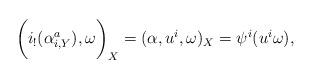
LaTeX: \begin{align*}\biggl (i_!(\alpha_{i, Y}^a), \omega\biggr)_{ X}=(\alpha, u^i, \omega)_{ X}=\psi^i (u^i\omega),\end{align*}